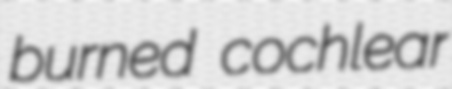
burned cochlear